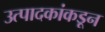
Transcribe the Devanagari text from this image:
उत्पादकांकडून